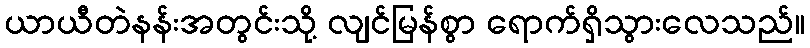
ယာယီတဲနန်းအတွင်းသို့ လျင်မြန်စွာ ရောက်ရှိသွားလေသည်။